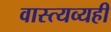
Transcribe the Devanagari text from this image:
वास्त्यव्यही